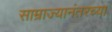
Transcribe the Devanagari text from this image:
साम्राज्यानंतरच्या